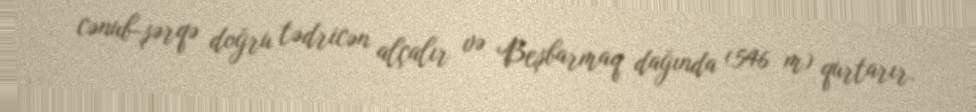
cənub-şərqə doğru tədricən alçalır və Beşbarmaq dağında (546 m) qurtarır.